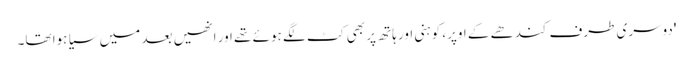
'دوسری طرف کندھے کے اوپر، کوہنی اور ہاتھ پر بھی کٹ لگے ہوئے تھے اور انھیں بعد میں سیا ہوا تھا۔